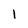
Character: I